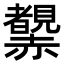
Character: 𧺂